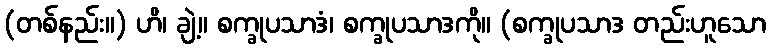
(တစ်နည်း။) ဟိ၊ ချဲ့။ စက္ခုပသာဒံ၊ စက္ခုပသာဒကို။ (စက္ခုပသာဒ တည်းဟူသော